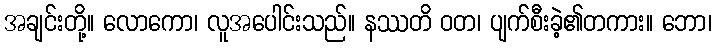
အချင်းတို့။ လောကော၊ လူအပေါင်းသည်။ နဿတိ ဝတ၊ ပျက်စီးခဲ့၏တကား။ ဘော၊